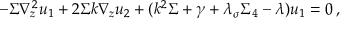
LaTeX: - \Sigma \nabla _ { z } ^ { 2 } u _ { 1 } + 2 \Sigma k \nabla _ { z } u _ { 2 } + ( k ^ { 2 } \Sigma + \gamma + \lambda _ { \sigma } \Sigma _ { 4 } - \lambda ) u _ { 1 } = 0 \, ,